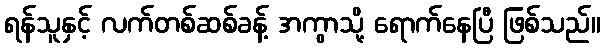
ရန်သူနှင့် လက်တစ်ဆစ်ခန့် အကွာသို့ ရောက်နေပြီ ဖြစ်သည်။